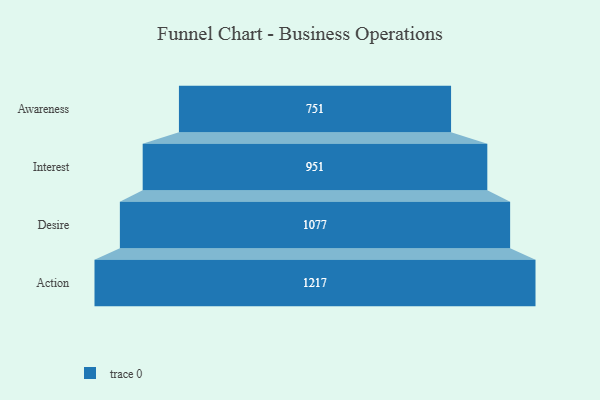
{"axis": {"x": "Stage", "y": "Value"}, "legend": [""], "data": [{"x": "Awareness", "y": 751.0, "type": ""}, {"x": "Interest", "y": 951.0, "type": ""}, {"x": "Desire", "y": 1077.0, "type": ""}, {"x": "Action", "y": 1217.0, "type": ""}]}